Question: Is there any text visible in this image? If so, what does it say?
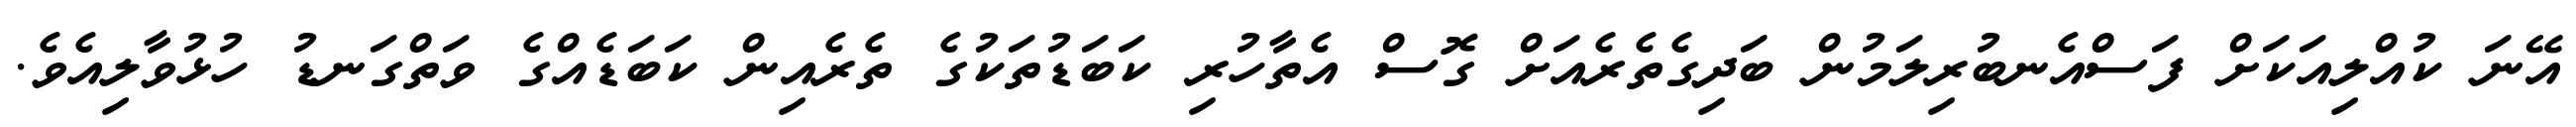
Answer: އޭނަ ކުއްލިއަކަށް ފަސްއެނބުރިލަމުން ބަދިގެތެރެއަށް ގޮސް އެތާހުރި ކަބަޑުތަކުގެ ތެރެއިން ކަބަޑެއްގެ ވަތްގަނޑު ހުޅުވާލިއެވެ.